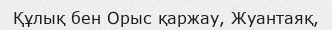
Құлық бен Орыс қаржау, Жуантаяқ,